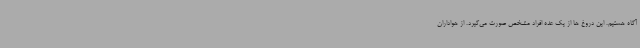
آگاه هستیم. این دروغ ها از یک عده افراد مشخص صورت می‌گیرد. از هواداران